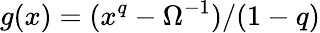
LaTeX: g(x)=(x^{q}-\Omega^{-1})/(1-q)